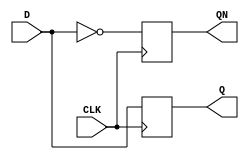
module DFF(D, CLK, Q, QN);
input D;
input CLK;
output Q, QN;
reg Q, QN;

initial begin
	Q = 0;
	QN = 1;
end

always @(posedge CLK) begin

	Q <= D;
	QN <= ~D;

end
endmodule